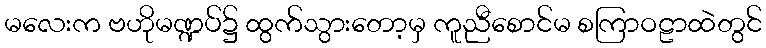
မလေးက ဗဟိုမဏ္ဍပ်၌ ထွက်သွားတော့မှ ကူညီစောင်မ စကြာဝဠာထဲတွင်